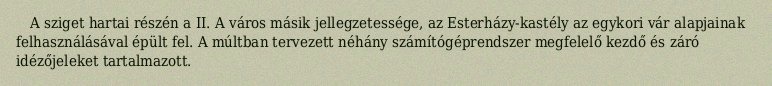
A sziget hartai részén a II. A város másik jellegzetessége, az Esterházy-kastély az egykori vár alapjainak felhasználásával épült fel. A múltban tervezett néhány számítógéprendszer megfelelő kezdő és záró idézőjeleket tartalmazott.